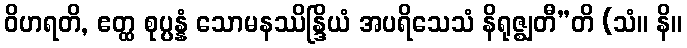
ဝိဟရတိ, ဧတ္ထ စုပ္ပန္နံ သောမနဿိန္ဒြိယံ အပရိသေသံ နိရုဇ္ဈတီ”တိ (သံ။ နိ။